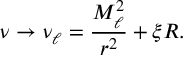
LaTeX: \nu \rightarrow \nu _ { \ell } = \frac { M _ { \ell } ^ { 2 } } { r ^ { 2 } } + \xi R .